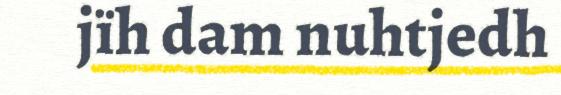
jïh dam nuhtjedh